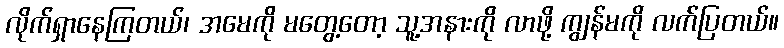
လိုက်ရှာနေကြတယ်၊ အမေကို မတွေ့တော့ သူ့အနားကို လာဖို့ ကျွန်မကို လက်ပြတယ်။